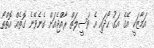
އަމާޒަކީ އޭގެ އަގު ހޯދައި އެ ވަސީލަތް ރާއްޖެއަށް ގެނެވޭނެ ގޮތެއް އޮތްތޯ